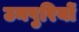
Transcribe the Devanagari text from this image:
उनपुरियों